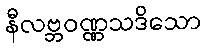
နီလဗ္ဘဝဏ္ဏသဒိသော